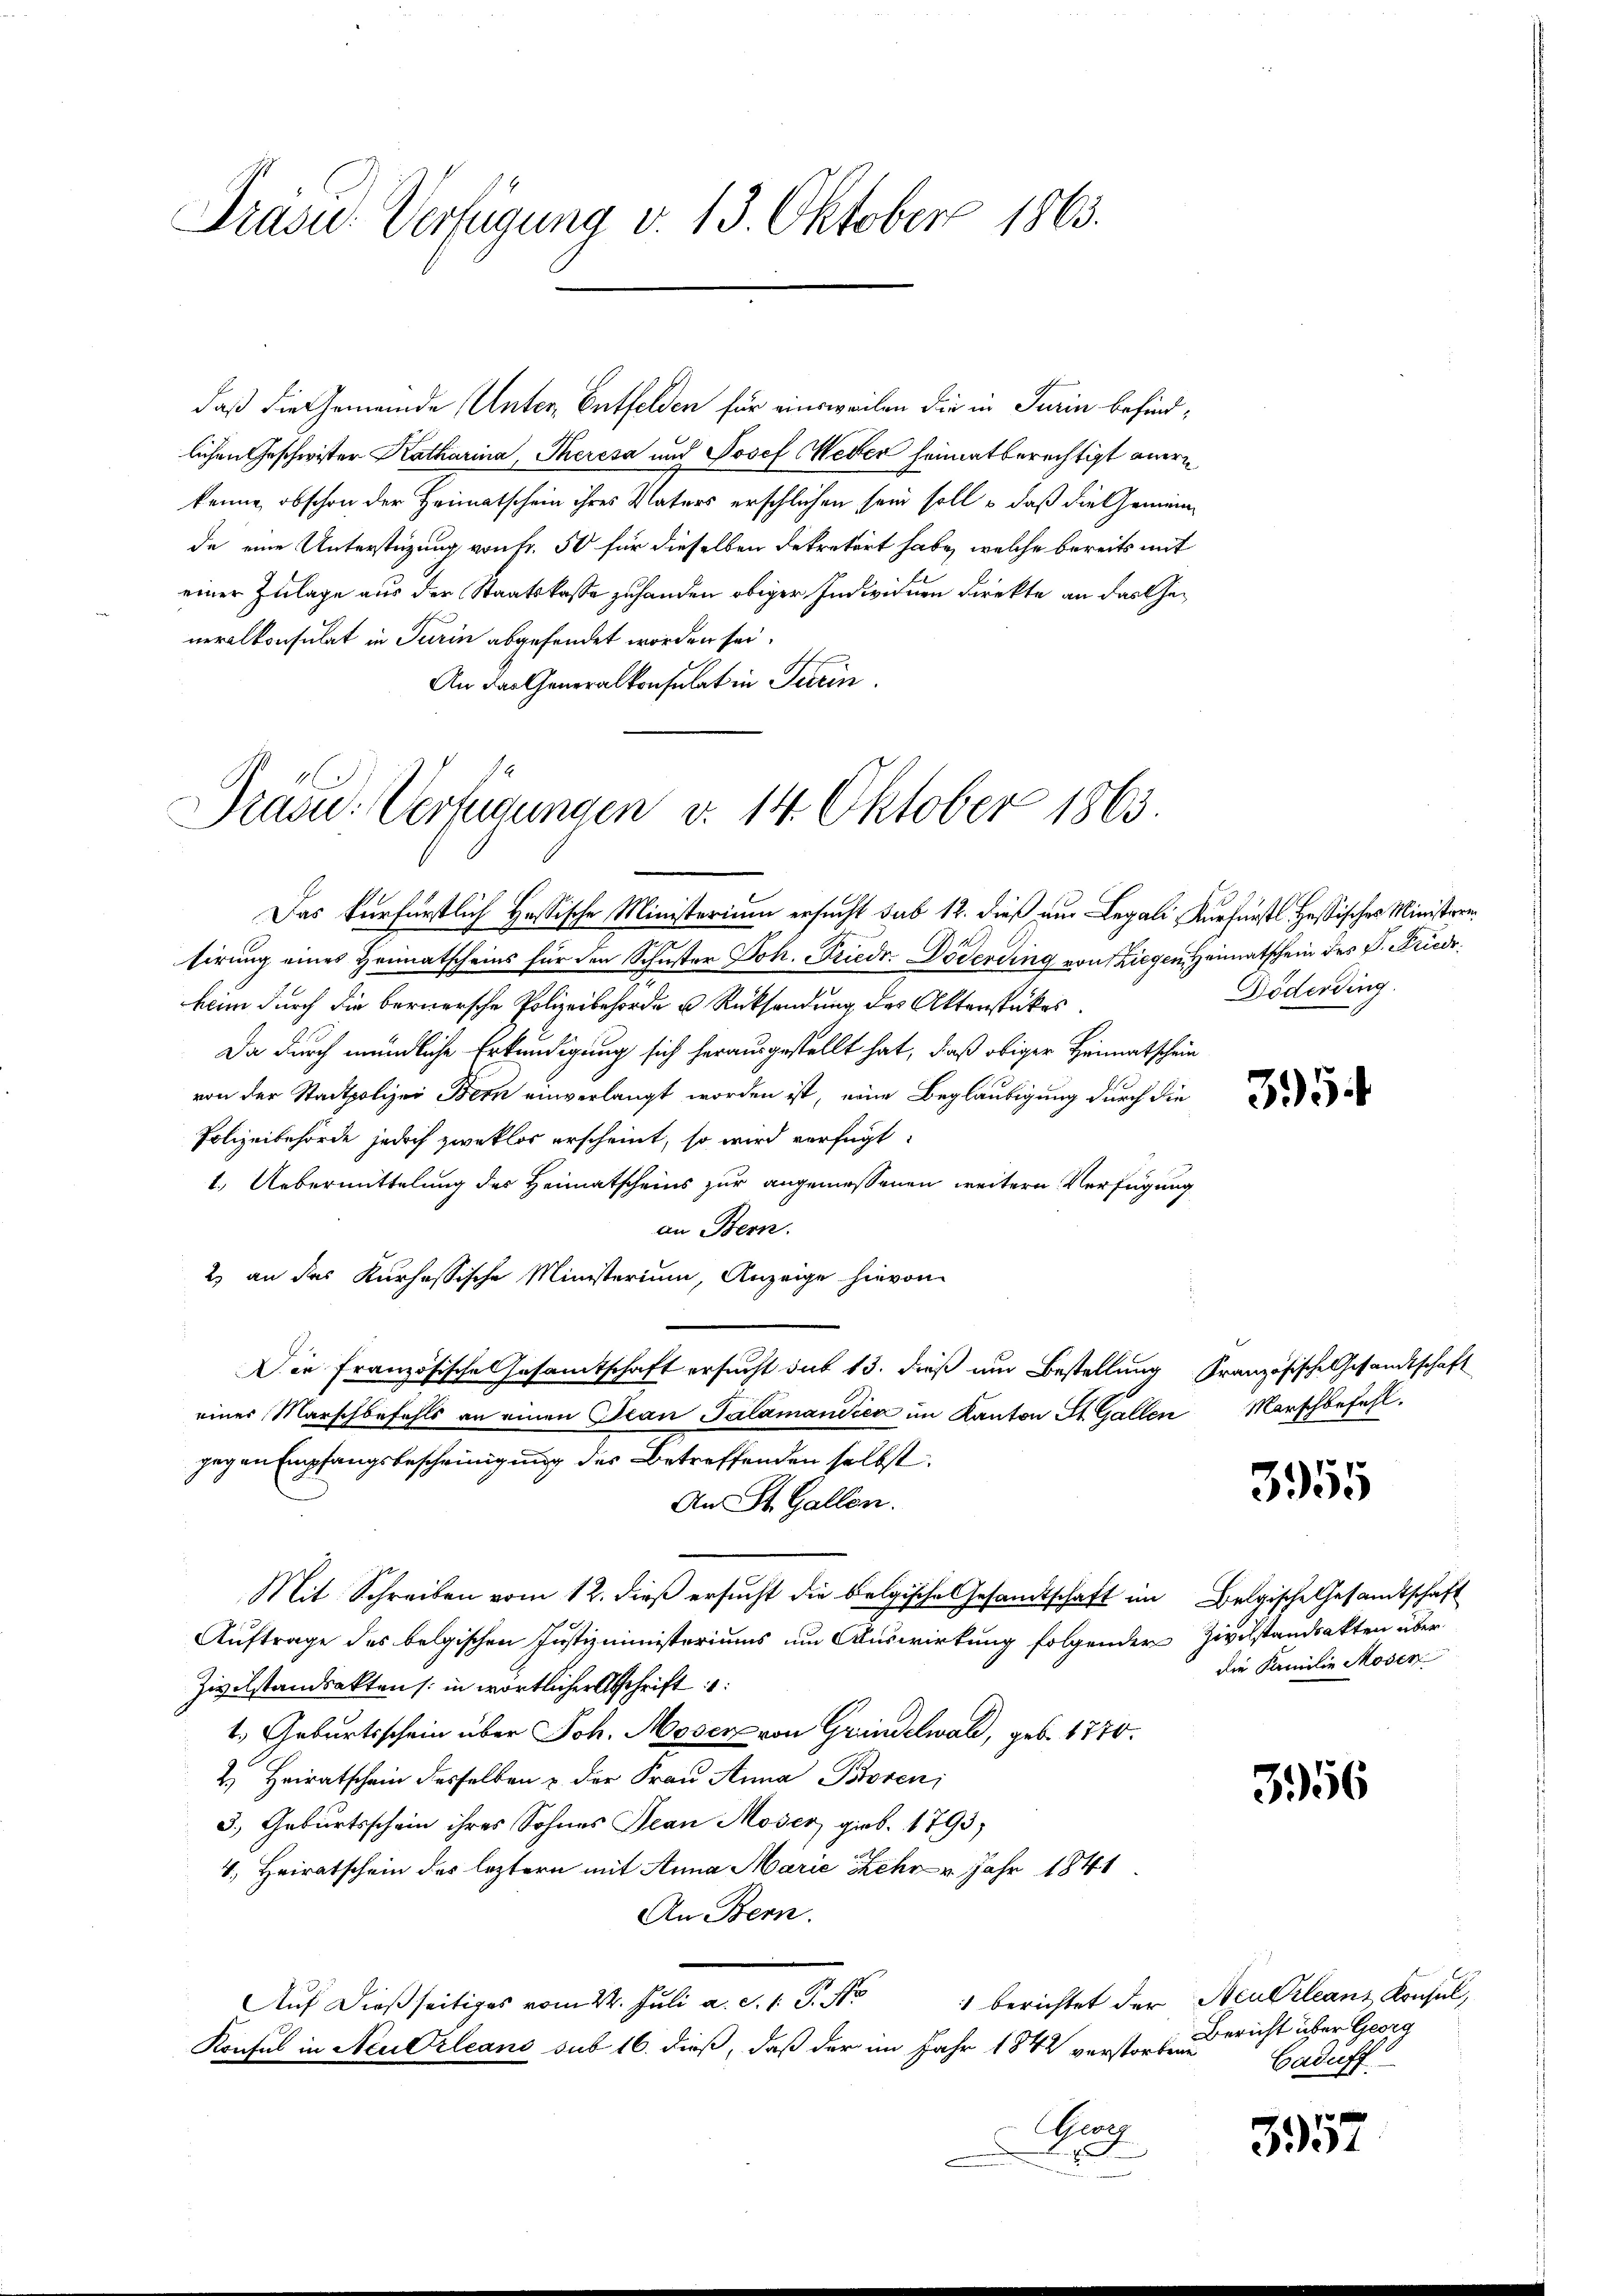
Präsu. Verfügung v. 13. Oktober 1863.

lichen Geschwister Katharina, Theresa und Josef Weber heimatberechtigt aner
kenne, obschon der Heimatschein ihres Vaters erschlichen sein soll – daß die Gemeinde eine Unterstüzung von Fr. 50 für dieselben dekretärt habe, welche bereits mit
einer Zulage aus der Staatskasse zuhanden obiger Individuen Direkte an das Generalkonsulat in Turin abgefendet worden sei.
An der Generalkonsulat in Turin

Grand. Verfügungen v. 14. Oktober 1863.

daß die Gemeinde Unter, Entfelden für einsweilen die in Turin befind¬

Das verfürstlich Hassische Ministerium ersucht sub 12. dieß nur Legali, Kurfürstl Hessisches Ministerresirung eines Heimatscheins für den Schuster Joh. Friedr. Doöderding von Ziegen Heimatschein des P. Friede
klin durch die bernersche Polizeibehörde u. Rücksendung des Aktenstükes.
Da durch mündliche Erkundigung sich herausgestellt hat, daß obiger Heimatschein
von der Stadtpolizei Bern einverlangt worden ist, eine Beglaubigung durch die
Polizeibehörde jedoch zweklos erscheint, so wird verfügt:
1.) Uebermittelung des Heimatscheins zur angemessenen weitern Verfügung
an Bern.
2) an das Kurhessische Ministerium, Anzeige hievon
Die Französische Gesamtschaft ersucht sub 13. dieß um Bestellung Französische Gesandtschaft
eines Marschbefahls an einen Jean Palamandica im Kanton St. Gallen Marschbefehl
gegen Empfangsbescheinigung des Betreffenden selbst.
An St. Gallen.
Mit Schreiben vom 12. dieß ersucht die belgische Gesandtschaft im Belgische Gesandtschaft
Auftrage des belgischen Justizministeriums im Auswirkung folgender Zivilstandsakten über¬
Zivilstandsakten (: in wörtlicher Abschrift:
1.) Geburtsschein über Joh. Moser von Grindelwald, geb. 1770.
2.) Heiratschein desselben u. der Frau Anna Boren
3.) Geburtsschein ihres Sohnes Jean Moser gieb. 1793
4. Heiratschein des leztern mit Anna Marie Sehr Jahr 1841
An Bern.
1 berichtet der Neukleans Konsul,
Auf dießseitiges vom 24. Juli a. d. 1. P. No
Konsul in Neuerleans sub 16. dieß, daß der im Jahr 1842 verstorbene
Bra

Döderding

35

3955

die Familie Moser

3956

Bericht über Georg
Caduff

3357